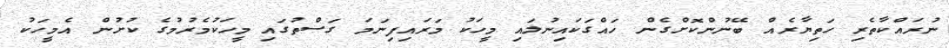
ނުރައްކާތެރި ހަތިޔާރެއް ބޭނުންކޮށްގެން ހައްގަކައިނުލައި މީހަކު މަރައިފިނަމަ ގަސްތުގައި މީހަކުމެރުމުގެ ކުށުން އެމީހަކު